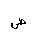
Letter: _sad